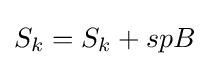
S_{k}=S_{k}+spB